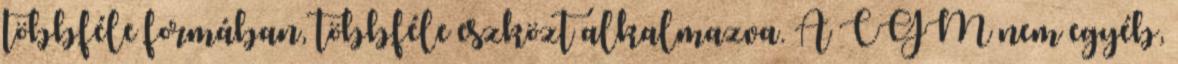
többféle formában, többféle eszközt alkalmazva. A CGM nem egyéb,